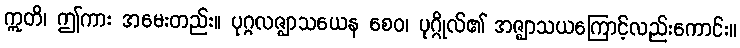
ဣတိ၊ ဤကား အမေးတည်း။ ပုဂ္ဂလဇ္ဈာသယေန စေဝ၊ ပုဂ္ဂိုလ်၏ အဇ္ဈာသယကြောင့်လည်းကောင်း။